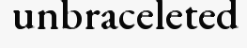
unbraceleted